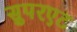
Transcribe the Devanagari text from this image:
सुपरएट